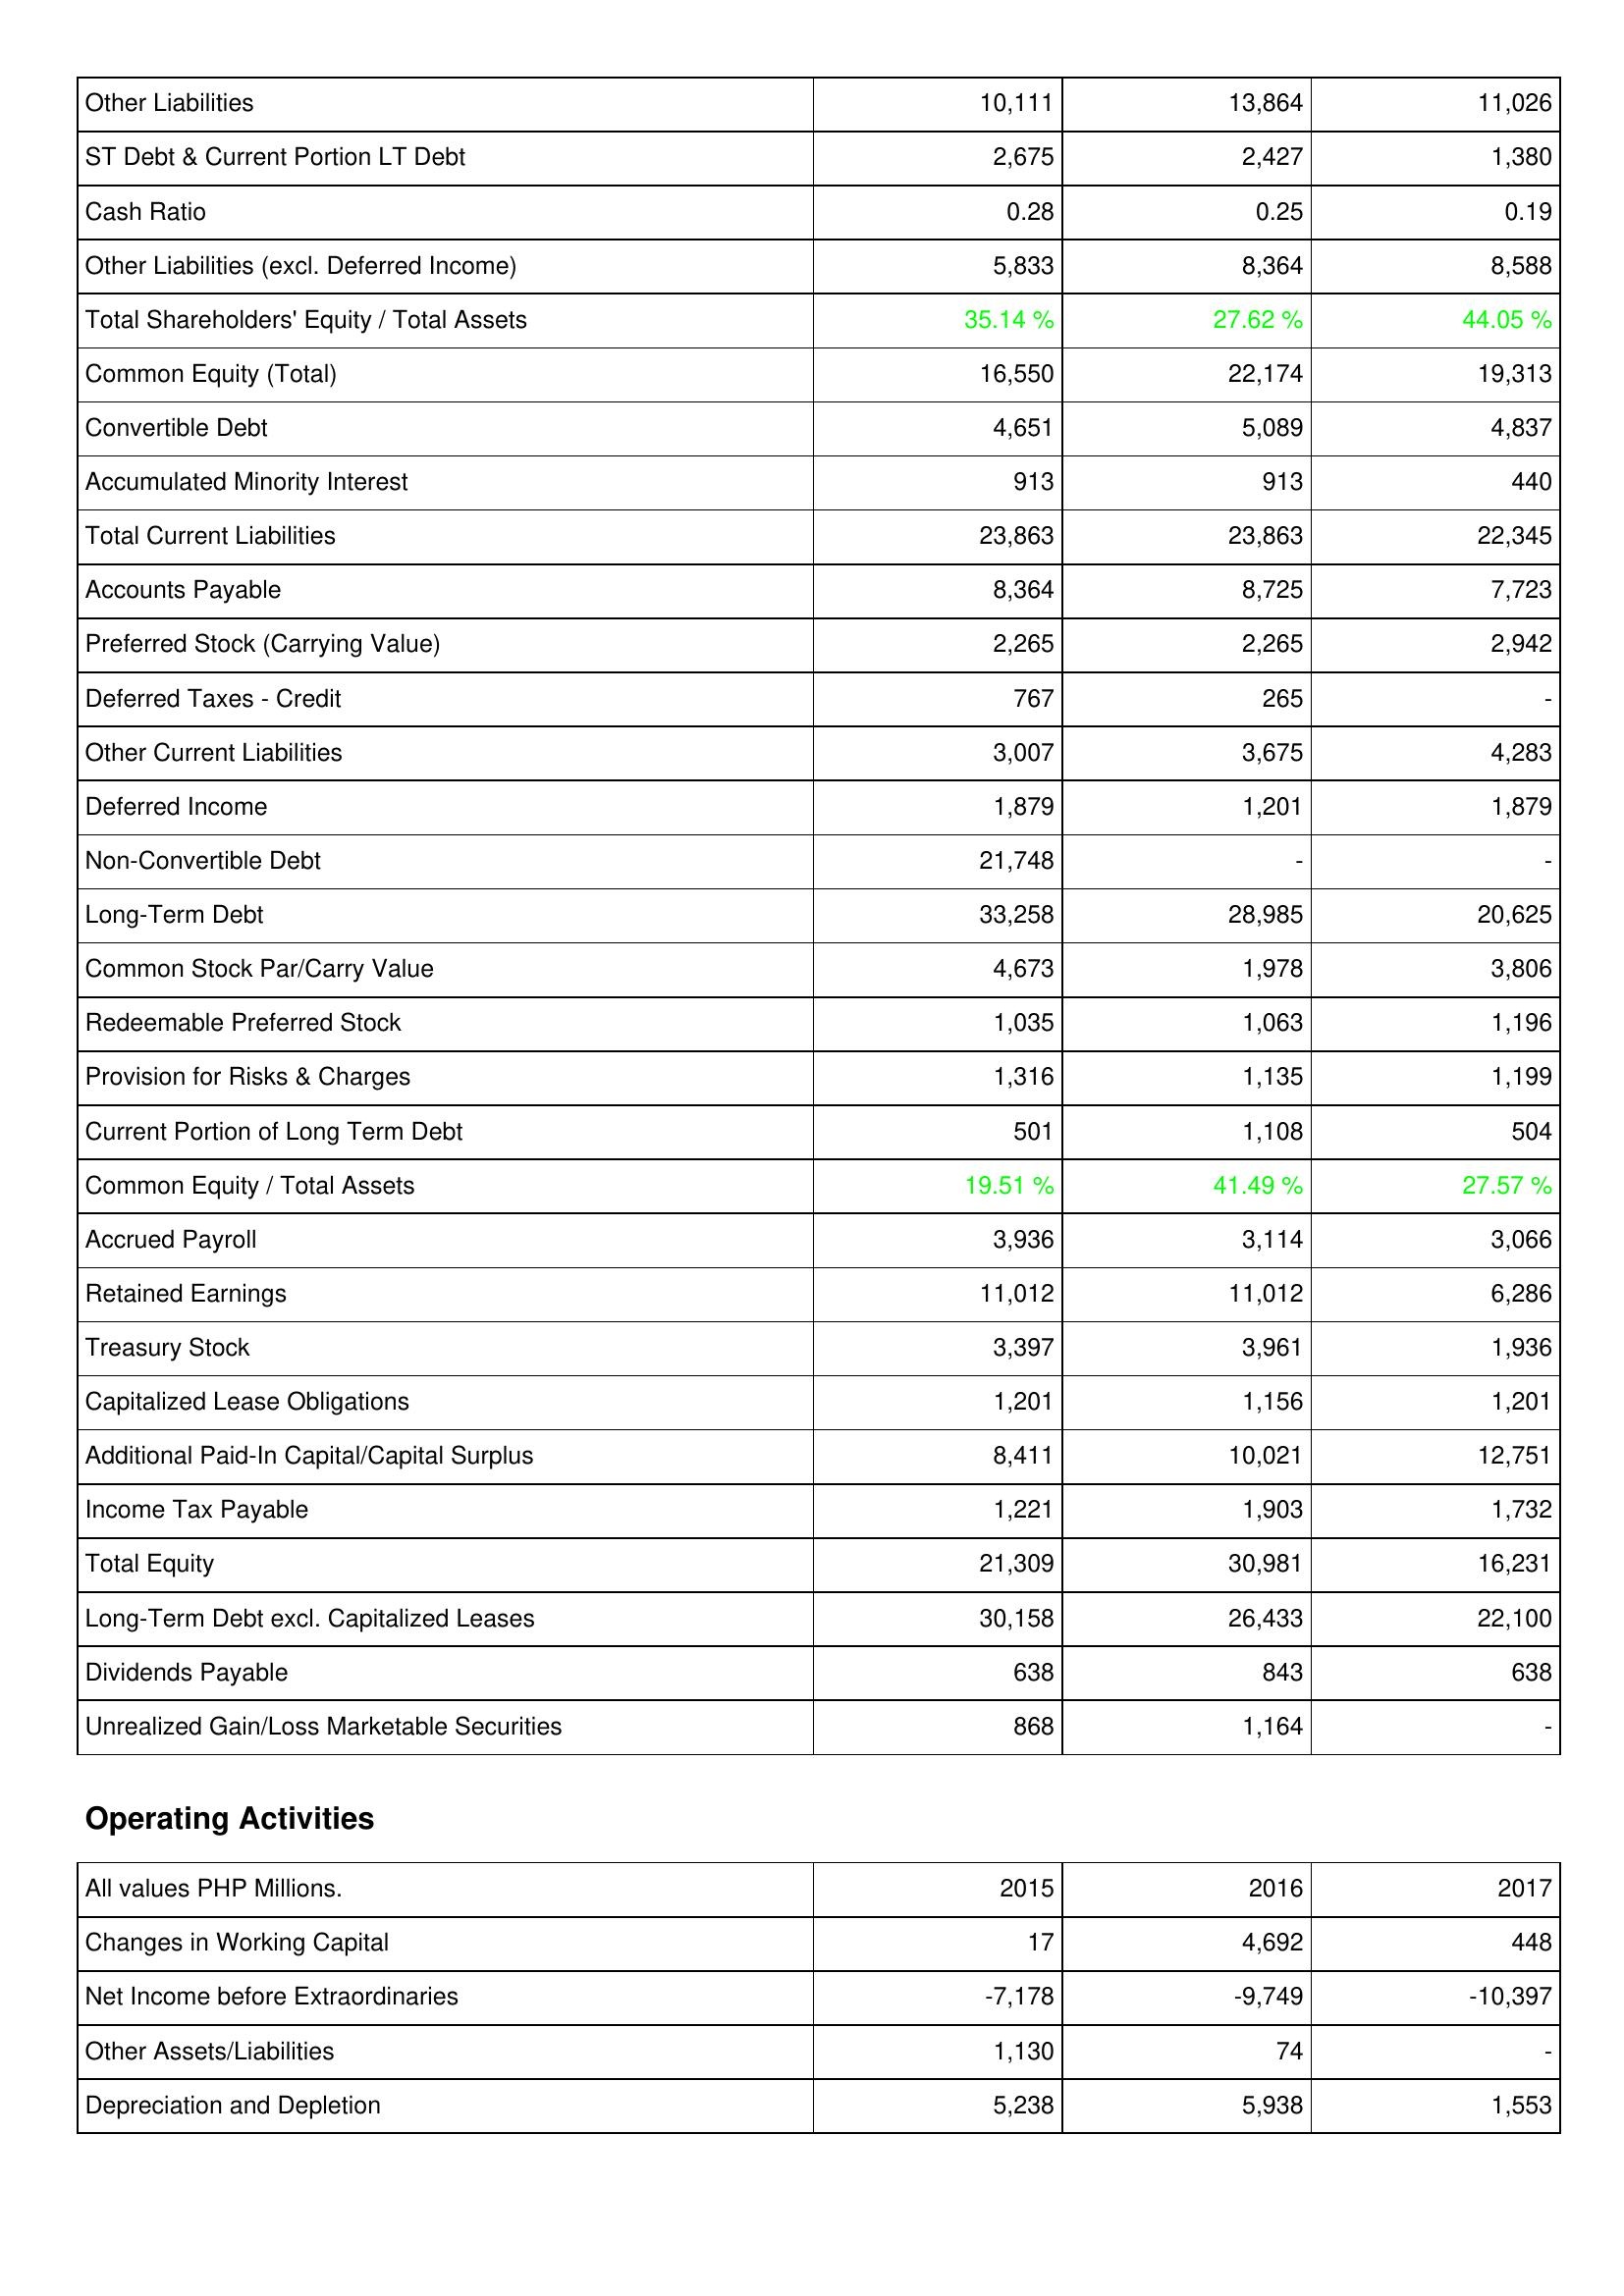
2015: Liabilities & Shareholders' Equity: Other Liabilities: 10,111
ST Debt & Current Portion LT Debt: 2,675
Cash Ratio: 0.28
Other Liabilities (excl. Deferred Income): 5,833
Total Shareholders' Equity / Total Assets: 35.14 %
Common Equity (Total): 16,550
Convertible Debt: 4,651
Accumulated Minority Interest: 913
Total Current Liabilities: 23,863
Accounts Payable: 8,364
Preferred Stock (Carrying Value): 2,265
Deferred Taxes - Credit: 767
Other Current Liabilities: 3,007
Deferred Income: 1,879
Non-Convertible Debt: 21,748
Long-Term Debt: 33,258
Common Stock Par/Carry Value: 4,673
Redeemable Preferred Stock: 1,035
Provision for Risks & Charges: 1,316
Current Portion of Long Term Debt: 501
Common Equity / Total Assets: 19.51 %
Accrued Payroll: 3,936
Retained Earnings: 11,012
Treasury Stock: 3,397
Capitalized Lease Obligations: 1,201
Additional Paid-In Capital/Capital Surplus: 8,411
Income Tax Payable: 1,221
Total Equity: 21,309
Long-Term Debt excl. Capitalized Leases: 30,158
Dividends Payable: 638
Unrealized Gain/Loss Marketable Securities: 868
Operating Activities: Changes in Working Capital: 17
Net Income before Extraordinaries: -7,178
Other Assets/Liabilities: 1,130
Depreciation and Depletion: 5,238
2016: Liabilities & Shareholders' Equity: Other Liabilities: 13,864
ST Debt & Current Portion LT Debt: 2,427
Cash Ratio: 0.25
Other Liabilities (excl. Deferred Income): 8,364
Total Shareholders' Equity / Total Assets: 27.62 %
Common Equity (Total): 22,174
Convertible Debt: 5,089
Accumulated Minority Interest: 913
Total Current Liabilities: 23,863
Accounts Payable: 8,725
Preferred Stock (Carrying Value): 2,265
Deferred Taxes - Credit: 265
Other Current Liabilities: 3,675
Deferred Income: 1,201
Non-Convertible Debt: -
Long-Term Debt: 28,985
Common Stock Par/Carry Value: 1,978
Redeemable Preferred Stock: 1,063
Provision for Risks & Charges: 1,135
Current Portion of Long Term Debt: 1,108
Common Equity / Total Assets: 41.49 %
Accrued Payroll: 3,114
Retained Earnings: 11,012
Treasury Stock: 3,961
Capitalized Lease Obligations: 1,156
Additional Paid-In Capital/Capital Surplus: 10,021
Income Tax Payable: 1,903
Total Equity: 30,981
Long-Term Debt excl. Capitalized Leases: 26,433
Dividends Payable: 843
Unrealized Gain/Loss Marketable Securities: 1,164
Operating Activities: Changes in Working Capital: 4,692
Net Income before Extraordinaries: -9,749
Other Assets/Liabilities: 74
Depreciation and Depletion: 5,938
2017: Liabilities & Shareholders' Equity: Other Liabilities: 11,026
ST Debt & Current Portion LT Debt: 1,380
Cash Ratio: 0.19
Other Liabilities (excl. Deferred Income): 8,588
Total Shareholders' Equity / Total Assets: 44.05 %
Common Equity (Total): 19,313
Convertible Debt: 4,837
Accumulated Minority Interest: 440
Total Current Liabilities: 22,345
Accounts Payable: 7,723
Preferred Stock (Carrying Value): 2,942
Deferred Taxes - Credit: -
Other Current Liabilities: 4,283
Deferred Income: 1,879
Non-Convertible Debt: -
Long-Term Debt: 20,625
Common Stock Par/Carry Value: 3,806
Redeemable Preferred Stock: 1,196
Provision for Risks & Charges: 1,199
Current Portion of Long Term Debt: 504
Common Equity / Total Assets: 27.57 %
Accrued Payroll: 3,066
Retained Earnings: 6,286
Treasury Stock: 1,936
Capitalized Lease Obligations: 1,201
Additional Paid-In Capital/Capital Surplus: 12,751
Income Tax Payable: 1,732
Total Equity: 16,231
Long-Term Debt excl. Capitalized Leases: 22,100
Dividends Payable: 638
Unrealized Gain/Loss Marketable Securities: -
Operating Activities: Changes in Working Capital: 448
Net Income before Extraordinaries: -10,397
Other Assets/Liabilities: -
Depreciation and Depletion: 1,553